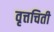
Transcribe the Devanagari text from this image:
वृत्तचिती